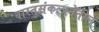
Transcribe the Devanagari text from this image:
वास्तुसंकल्पनेतील